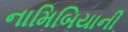
નામિબિયાની